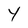
Character: Y